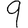
Digit: 9